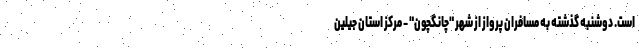
است. دوشنبه گذشته به مسافران پرواز از شهر "چانگچون" - مرکز استان جیلین